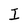
Character: I